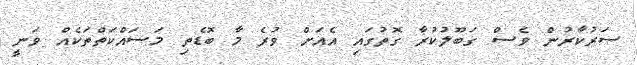
ސަރުކާރުން ވެސް ގަބޫލުކުރާ ގޮތުގައި އެއަށް ވުރެ މާ ބޮޑެތި މަސައްކަތްތަކެއް ވަނީ